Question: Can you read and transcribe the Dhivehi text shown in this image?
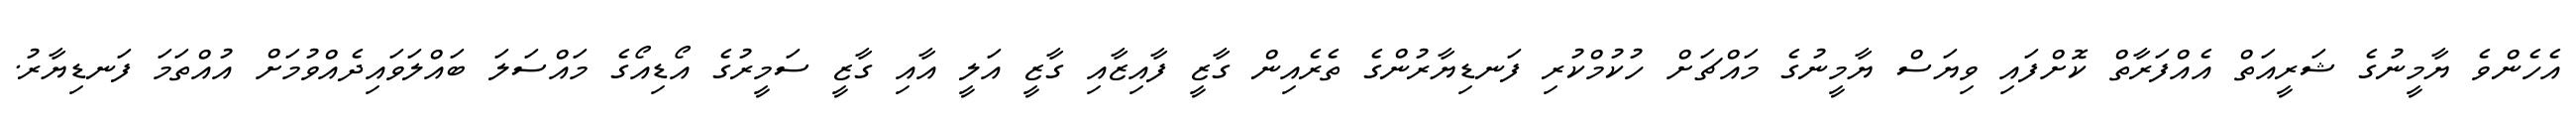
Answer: އެހެންވެ ޔާމީނުގެ ޝަރީއަތް އެއްފަރާތް ކޮށްފައި ވިޔަސް ޔާމީނުގެ މައްޗަށް ހުކުމްކުރި ފަނޑިޔާރުންގެ ތެރެއިން ގާޒީ ފާއިޒާއި ގާޒީ އަލީ އާއި ގާޒީ ސަމީރުގެ އޯޑިއޯގެ މައްސަލަ ބައްލަވައިދެއްވުމަށް އުއްތަމަ ފަނޑިޔާރު.